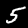
Digit: 5